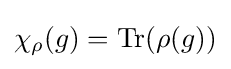
\chi _{\rho }(g)=\operatorname {Tr} (\rho (g))